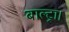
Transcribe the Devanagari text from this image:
बाल्ट्रा।